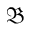
\mathfrak { B }